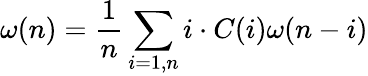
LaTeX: \omega(n)=\frac{1}{n}\sum_{i=1,n}i\cdot C(i)\omega(n-i)